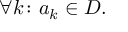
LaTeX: \forall k \colon a _ { k } \in D .